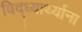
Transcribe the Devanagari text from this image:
विद्ध्यार्थ्याना